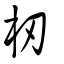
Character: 杒